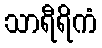
သာရီရိကံ